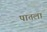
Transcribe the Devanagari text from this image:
पातला